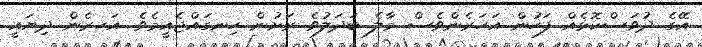
އޭގެ ދުވަސްކޮޅެއް ފަހުން އަހަރެންވެސް މާލެ ބަދަލުވެ ރަށުން ހިނގައްޖެއީމެވެ. އަހރެން ދިޔައީ